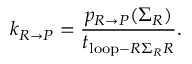
k _ { R \rightarrow P } = \frac { p _ { R \rightarrow P } ( \Sigma _ { R } ) } { t _ { \mathrm { l o o p } - R \Sigma _ { R } R } } .